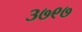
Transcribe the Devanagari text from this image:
३७९७